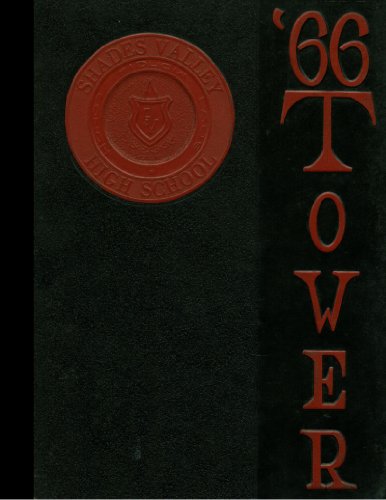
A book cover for (Reprint) 1966 Yearbook: Shades Valley High School, Birmingham, Alabama; Reference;